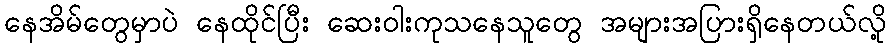
နေအိမ်တွေမှာပဲ နေထိုင်ပြီး ဆေးဝါးကုသနေသူတွေ အများအပြားရှိနေတယ်လို့